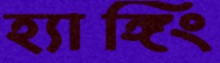
হ্যাঙ্গিং